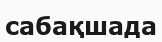
сабақшада